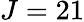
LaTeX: J=21